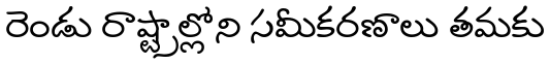
రెండు రాష్ట్రాల్లోని సమీకరణాలు తమకు